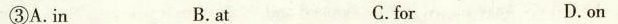
③A.In B. at C.for D.on